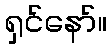
ရှင်နော်။